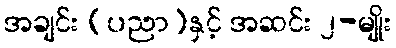
အချင်း (ပညာ)နှင့် အဆင်း ၂-မျိုး